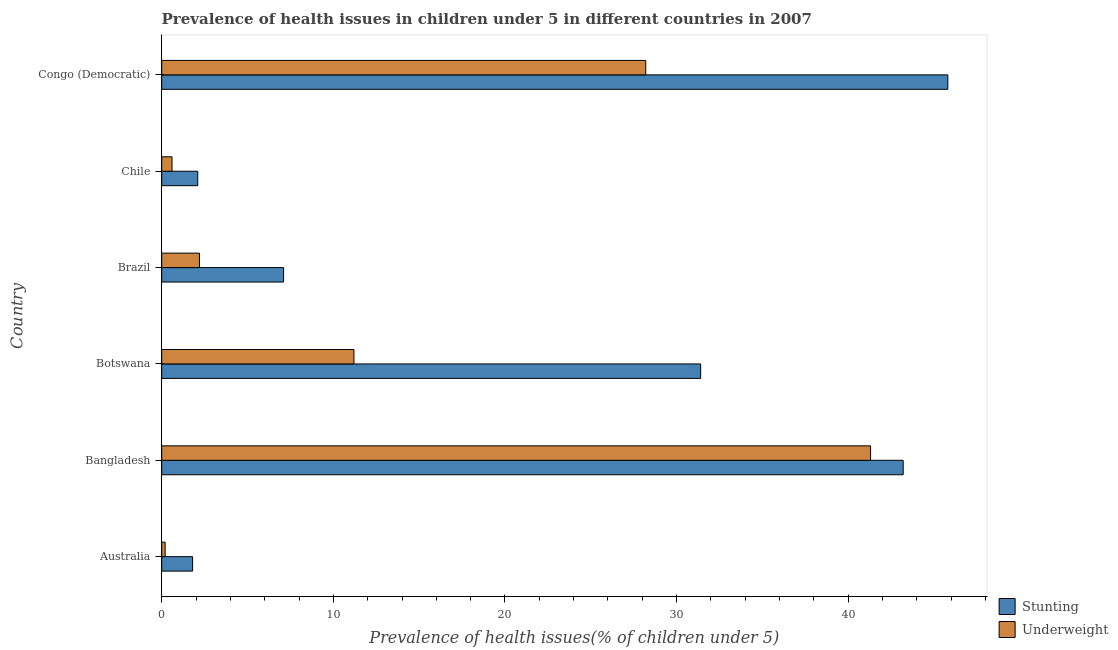
| Country | Stunting | Underweight |
 | --- | --- | --- |
 | Australia | 1.8 | 0.2 |
 | Bangladesh | 43.2 | 41.3 |
 | Botswana | 31.4 | 11.2 |
 | Brazil | 7.1 | 2.2 |
 | Chile | 2.1 | 0.6 |
 | Congo (Democratic) | 45.8 | 28.2 |